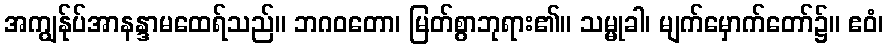
အကျွန်ုပ်အာနန္ဒာမထေရ်သည်။ ဘဂဝတော၊ မြတ်စွာဘုရား၏။ သမ္မုခါ၊ မျက်မှောက်တော်၌။ ဧဝံ၊